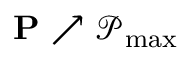
\mathbf { P } \nearrow \mathcal { P } _ { \operatorname* { m a x } }